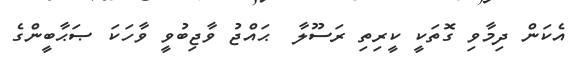
އެކަން ދިމާވި ގޮތަކީ ކީރިތި ރަސޫލާ  ޙައްޖު ވާޖިބުވީ ވާހަކަ ޞަޙާބީންގެ